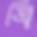
ত্রি